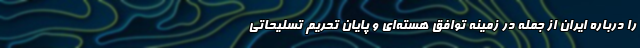
را درباره ایران از جمله در زمینه توافق هسته‌ای و پایان تحریم تسلیحاتی